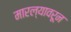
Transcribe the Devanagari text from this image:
मारल्यावरून